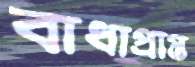
বাধাপ্রাপ্ত